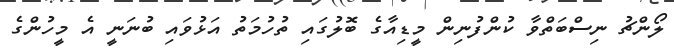
ލޯންޗު ނިސްބަތްވާ ކުންފުނިން މީޑިއާގެ ބޮލުގައި ތުހުމަތު އަޅުވައި ބުނަނީ އެ މީހުންގެ